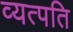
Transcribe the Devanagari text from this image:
व्यत्पति